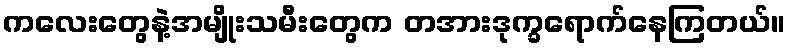
ကလေးတွေနဲ့အမျိုးသမီးတွေက တအားဒုက္ခရောက်နေကြတယ်။